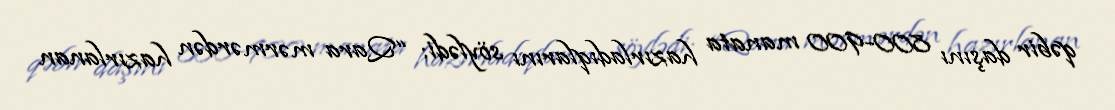
qəbir daşını 800-900 manata hazırladıqlarını söylədi: “Qara mərmərdən hazırlanan